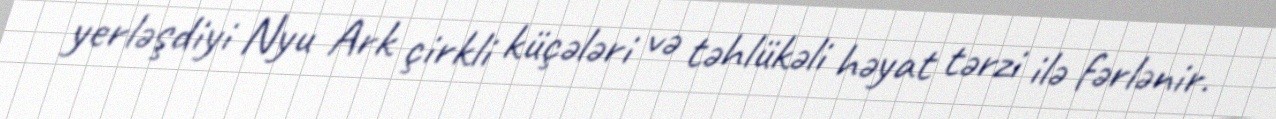
yerləşdiyi Nyu Ark çirkli küçələri və təhlükəli həyat tərzi ilə fərlənir.